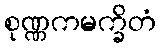
စုဏ္ဏကမက္ခိတံ